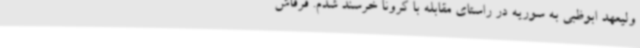
ولیعهد ابوظبی به سوریه در راستای مقابله با کرونا خرسند شدم. قرقاش